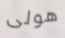
هولى